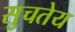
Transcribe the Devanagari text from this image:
सुचतेय